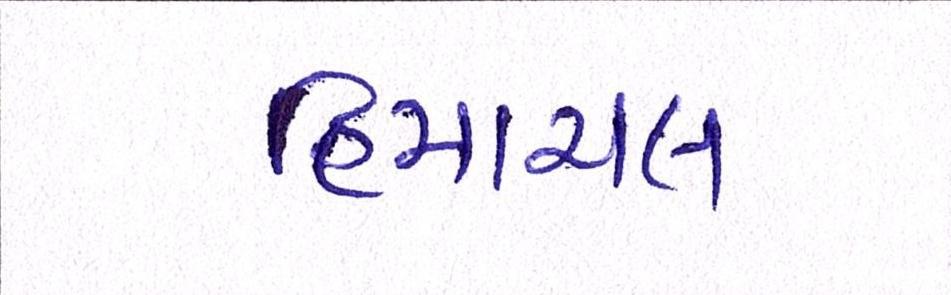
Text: હિમાચલ